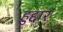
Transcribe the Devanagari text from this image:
हुद्दार